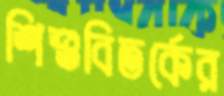
শিশুবিতর্কের